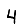
Digit: 4